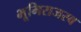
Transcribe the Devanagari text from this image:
भूमिराजस्व